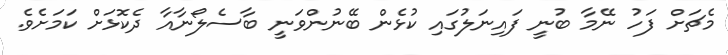
މެޗަށް ފަހު ނޭމާ ބުނީ ފައިނަލުގައި ކުޅެން ބޭނުންވަނީ ބާސެލޯނާއާ ދެކޮޅަށް ކަމަށެވެ.